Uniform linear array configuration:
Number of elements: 24
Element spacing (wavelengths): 0.25
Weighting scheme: cosine
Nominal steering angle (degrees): -15
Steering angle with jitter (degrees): -13.823
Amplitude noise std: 0.05
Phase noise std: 0.05

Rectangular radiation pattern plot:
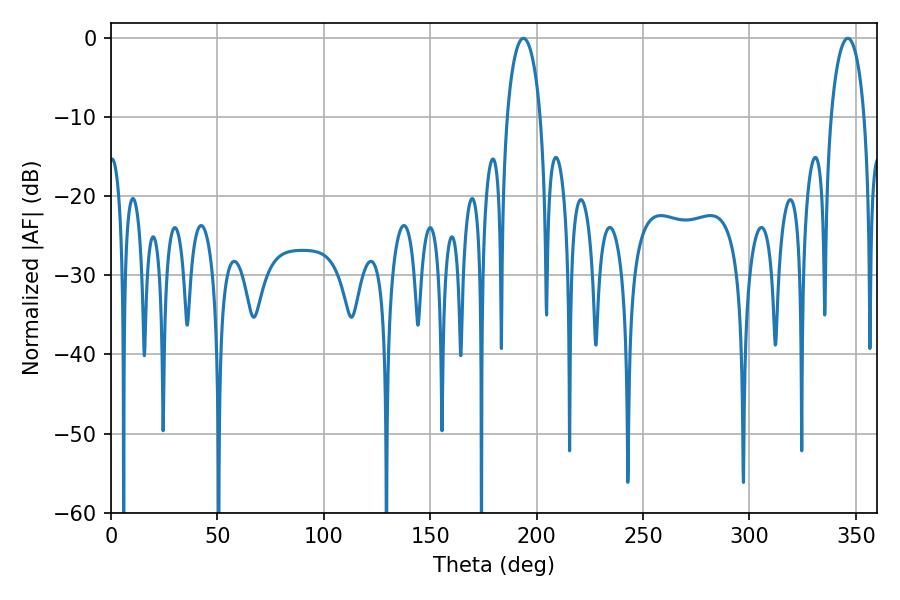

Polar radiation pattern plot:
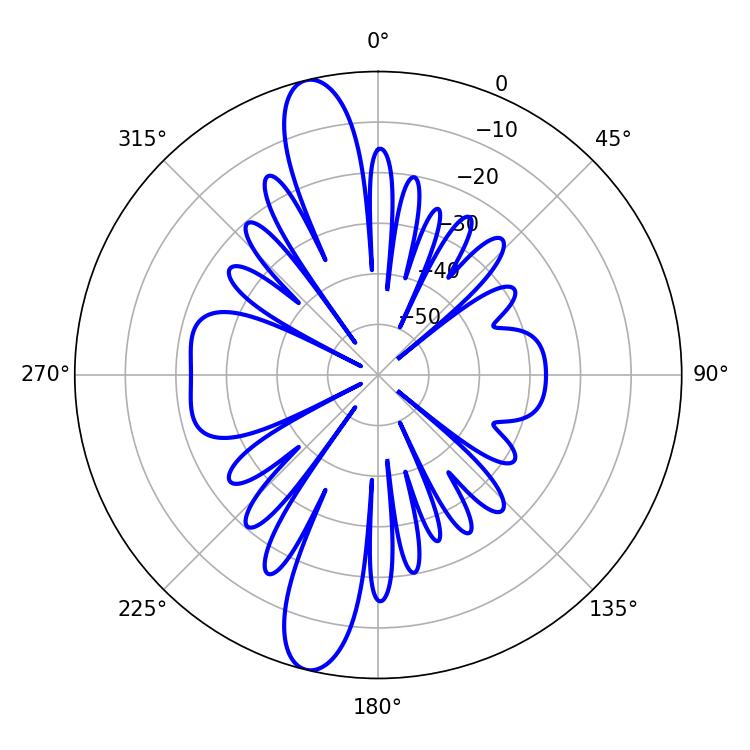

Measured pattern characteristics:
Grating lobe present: FALSE
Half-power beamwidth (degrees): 9
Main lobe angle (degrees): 193.86